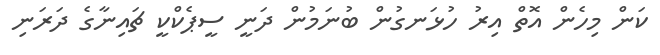
ކަން މިހެން އޮތް އިރު ހުޅަނގުން ބުނަމުން ދަނީ ސީޕެކްކީ ޗައިނާގެ ދަރަނި